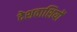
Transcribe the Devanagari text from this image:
देशवाशियों